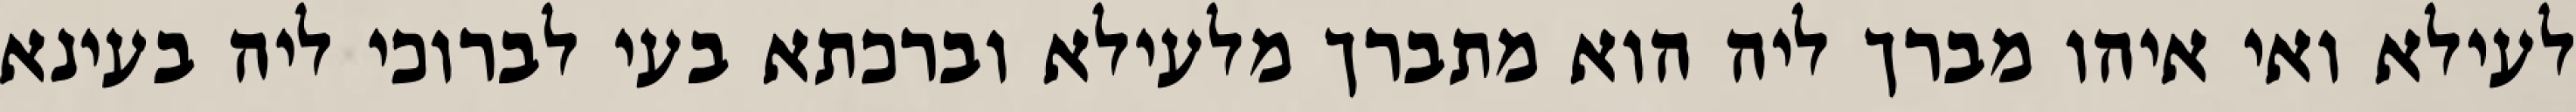
לעילא ואי איהו מברך ליה הוא מתברך מלעילא וברכתא בעי לברוכי ליה בעינא